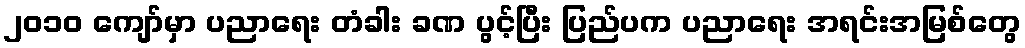
၂၀၁၀ ကျော်မှာ ပညာရေး တံခါး ခဏ ပွင့်ပြီး ပြည်ပက ပညာရေး အရင်းအမြစ်တွေ